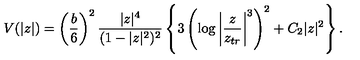
V ( | z | ) = \left( \frac { b } { 6 } \right) ^ { 2 } \frac { | z | ^ { 4 } } { ( 1 - | z | ^ { 2 } ) ^ { 2 } } \left\{ 3 \left( \log \left| \frac { z } { z _ { t r } } \right| ^ { 3 } \right) ^ { 2 } + C _ { 2 } | z | ^ { 2 } \right\} .